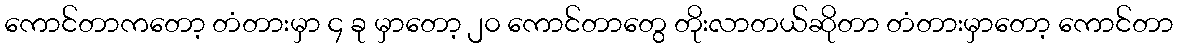
ကောင်တာကတော့ တံတားမှာ ၄ ခု မှာတော့ ၂၀ ကောင်တာတွေ တိုးလာတယ်ဆိုတာ တံတားမှာတော့ ကောင်တာ